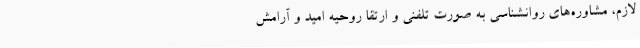
لازم، مشاوره‌های روانشناسی به صورت تلفنی و ارتقا روحیه امید و آرامش